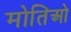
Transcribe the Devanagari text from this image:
मोतिओ